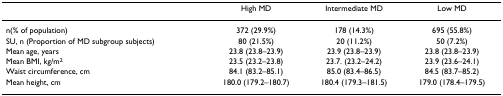
|  | High MD | Intermediate MD | Low MD |
 | --- | --- | --- | --- |
 | n(% of population) | 372 (29.9%) | 178 (14.3%) | 695 (55.8%) |
 | SU, n (Proportion of MD subgroup subjects) | 80 (21.5%) | 20 (11.2%) | 50 (7.2%) |
 | Mean age, years | 23.8 (23.8–23.9) | 23.9 (23.8–23.9) | 23.8 (23.8–23.9) |
 | Mean BMI, kg/m2 | 23.5 (23.2–23.8) | 23.7. (23.2–24.2) | 23.9 (23.6–24.1) |
 | Waist circumference, cm | 84.1 (83.2–85.1) | 85.0 (83.4–86.5) | 84.5 (83.7–85.2) |
 | Mean height, cm | 180.0 (179.2–180.7) | 180.4 (179.3–181.5) | 179.0 (178.4–179.5) |